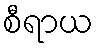
စီရာယ